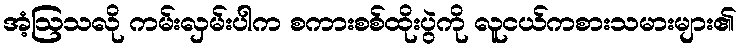
အံ့ဩသလို ကမ်းလှမ်းပါက စကားစစ်ထိုးပွဲကို လူငယ်ကစားသမားများ၏